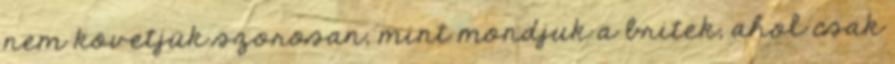
nem követjük szorosan, mint mondjuk a britek, ahol csak